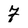
Character: 7